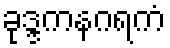
ခုဒ္ဒကနဂရကံ